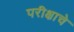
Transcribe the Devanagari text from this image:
परीक्षाचे